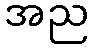
အည